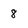
Character: 8